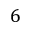
6